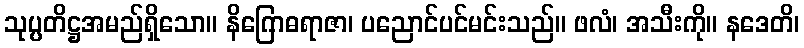
သုပ္ပတိဋ္ဌအမည်ရှိသော။ နိဂြောဓရာဇာ၊ ပညောင်ပင်မင်းသည်။ ဖလံ၊ အသီးကို။ နဒေတိ၊